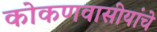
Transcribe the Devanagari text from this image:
कोकणवासीयांचे